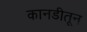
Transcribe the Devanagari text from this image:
कानडीतून